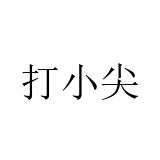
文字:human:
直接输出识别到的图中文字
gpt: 打小尖